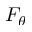
F _ { \theta }